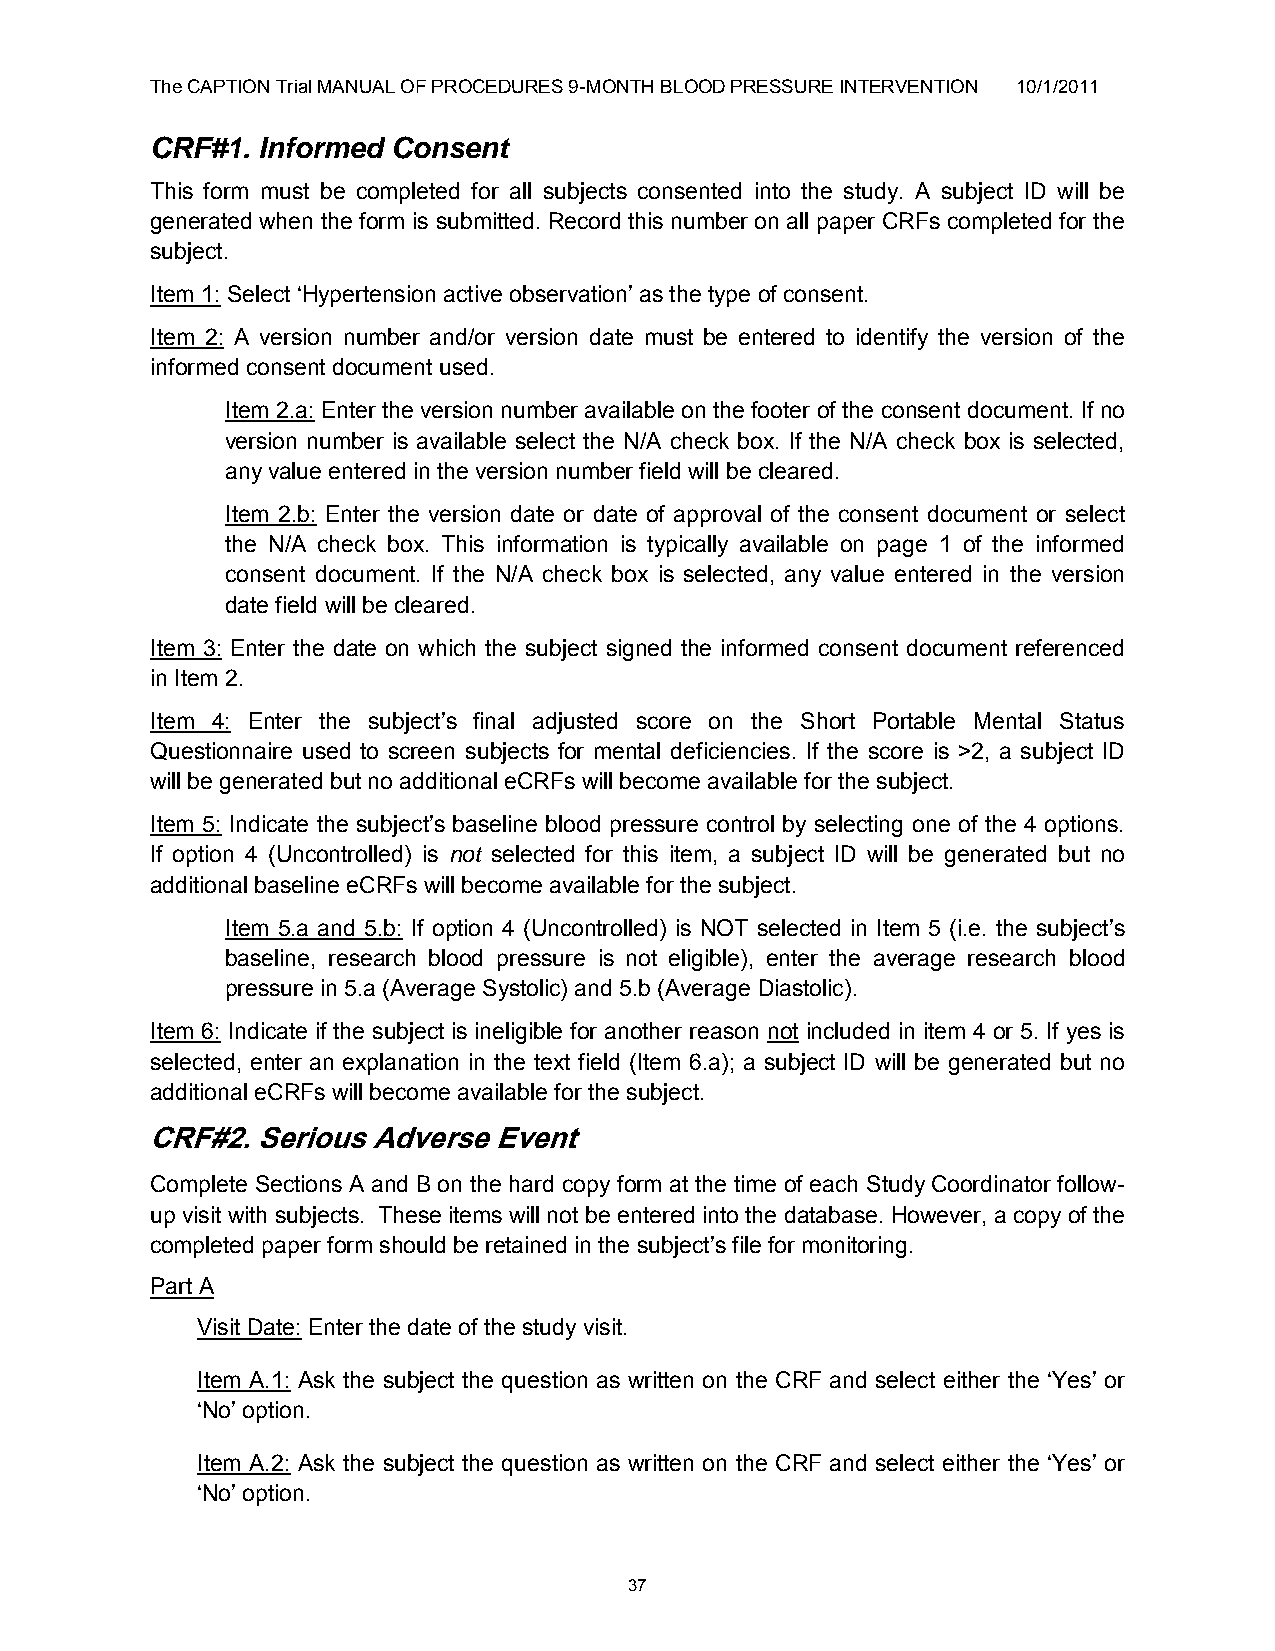
The CAPTION Trial MANUAL OF PROCEDURES 9-MONTH BLOOD PRESSURE INTERVENTION 10/1/2011
 CRF#1. Informed Consent
 This form must be completed for all subjects consented into the study. A subject ID will be
 generated when the form is submitted. Record this number on all paper CRFs completed for the
 subject.
 Item 1: Select „Hypertension active observation‟ as the type of consent.
 Item 2: A version number and/or version date must be entered to identify the version of the
 informed consent document used.
 Item 2.a: Enter the version number available on the footer of the consent document. If no
 version number is available select the N/A check box. If the N/A check box is selected,
 any value entered in the version number field will be cleared.
 Item 2.b: Enter the version date or date of approval of the consent document or select
 the N/A check box. This information is typically available on page 1 of the informed
 consent document. If the N/A check box is selected, any value entered in the version
 date field will be cleared.
 Item 3: Enter the date on which the subject signed the informed consent document referenced
 in Item 2.
 Item 4: Enter the subject‟s final adjusted score on the Short Portable Mental Status
 Questionnaire used to screen subjects for mental deficiencies. If the score is >2, a subject ID
 will be generated but no additional eCRFs will become available for the subject.
 Item 5: Indicate the subject‟s baseline blood pressure control by selecting one of the 4 options.
 If option 4 (Uncontrolled) is not selected for this item, a subject ID will be generated but no
 additional baseline eCRFs will become available for the subject.
 Item 5.a and 5.b: If option 4 (Uncontrolled) is NOT selected in Item 5 (i.e. the subject‟s
 baseline, research blood pressure is not eligible), enter the average research blood
 pressure in 5.a (Average Systolic) and 5.b (Average Diastolic).
 Item 6: Indicate if the subject is ineligible for another reason not included in item 4 or 5. If yes is
 selected, enter an explanation in the text field (Item 6.a); a subject ID will be generated but no
 additional eCRFs will become available for the subject.
 CRF#2. Serious Adverse Event
 Complete Sections A and B on the hard copy form at the time of each Study Coordinator follow-
 up visit with subjects. These items will not be entered into the database. However, a copy of the
 completed paper form should be retained in the subject‟s file for monitoring.
 Part A
 Visit Date: Enter the date of the study visit.
 Item A.1: Ask the subject the question as written on the CRF and select either the „Yes‟ or
 „No‟ option.
 Item A.2: Ask the subject the question as written on the CRF and select either the „Yes‟ or
 „No‟ option.
 37